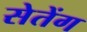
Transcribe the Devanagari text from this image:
सेतेंग